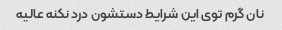
نان گرم توی این شرایط دستشون درد نکنه عالیه